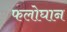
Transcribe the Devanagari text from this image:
फलोघान